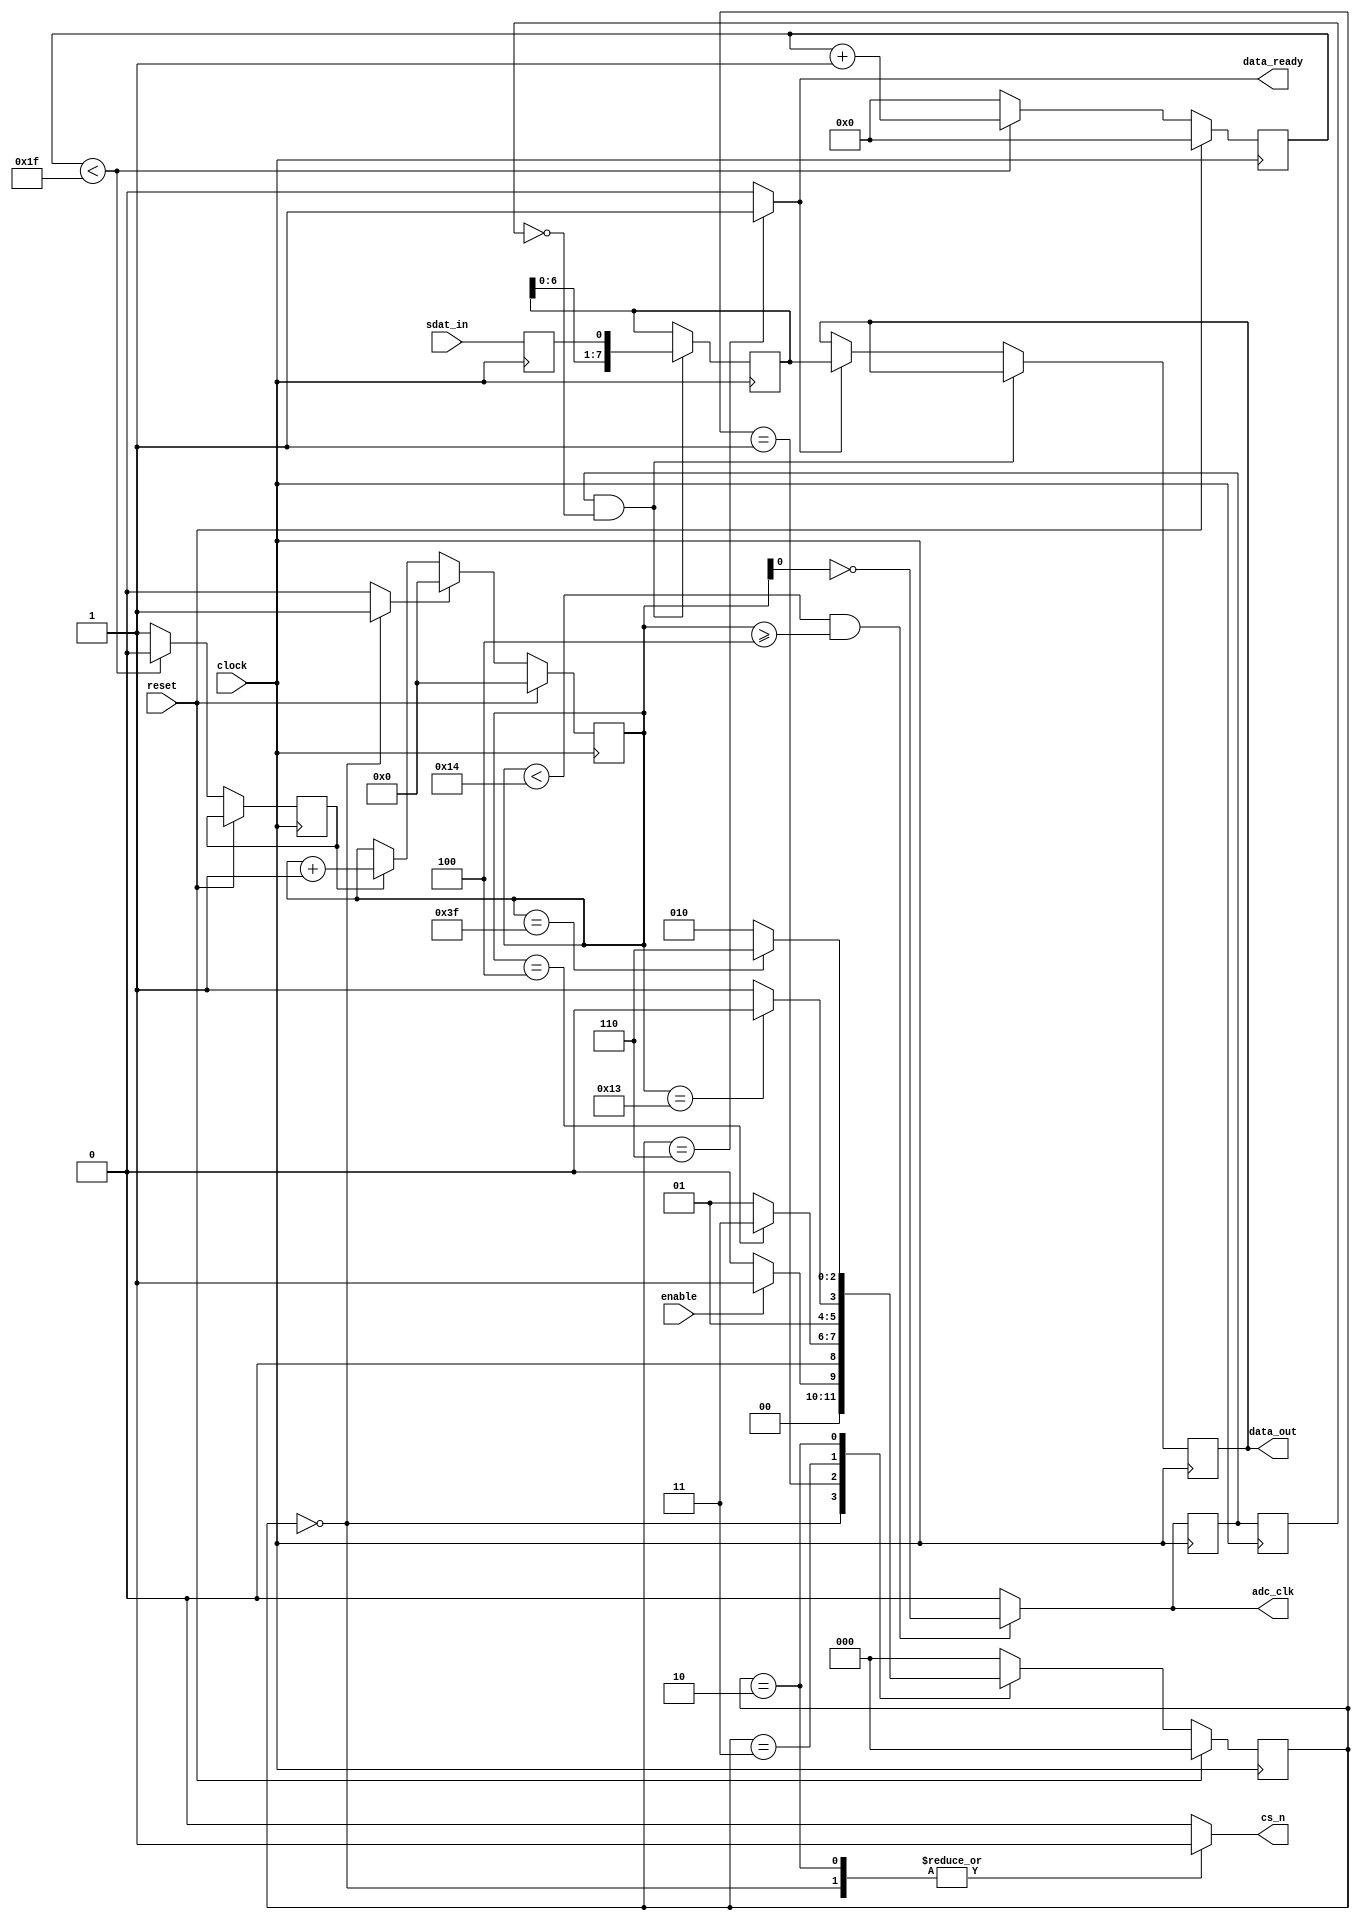
module adc(clock,reset,enable,sdat_in,adc_clk,cs_n,data_ready,data_out);  
//I/O
input		clock;          	//ϵͳʱ
input 		reset;          	//λߵƽЧ
input		enable;				//תʹ
input 		sdat_in;			//TLC549
output 		adc_clk;			//TLC549 I/Oʱ
output 		cs_n;				//TLC549 Ƭѡ
output 		data_ready;			//ָʾµ
output[7:0]	data_out;			//ADת
//I/OĴ
reg 		adc_clk_r;
reg 		cs_n_r;
reg 		data_ready_r;
reg[7:0]	data_out_r;			//ADת
reg			sdat_in_r;			//
//ڲĴ
reg[7:0]q;						//λĴڽջ
reg[2:0]adc_state;     			//״̬ADC
reg[2:0]adc_next_state;
reg[5:0]bit_count;       		//λ
reg 	bit_count_rst;			//ADCʱӼȫܿ
reg  	div_clk;
reg[CLK_DIV_BITS-1:0] clk_count;//ʱӷƵ

reg buf1,buf2;
//ڲź
wire ready_done;				//cs_n(1.4us)ı־
wire rec_done;					//ݶȡϵı־
wire conv_done;					//תϵı־

//ʱ

parameter CLK_DIV_VALUE = 31;   //ADCʱӼ(404nS)ֵ
parameter CLK_DIV_BITS  = 5; 	//ADCʱӼλ

//״̬M1״̬
parameter   idle      		= 3'b000,
			adc_ready   	= 3'b001,
			adc_receive		= 3'b011,
			adc_conversion  = 3'b010,
			adc_data_load   = 3'b110;
			
//**********************************************************
//I/OĴ
assign adc_clk = adc_clk_r;
assign cs_n = cs_n_r;
assign data_out = data_out_r;
assign data_ready = data_ready_r;

//ͬź
always @(posedge clock)
begin
    sdat_in_r <= sdat_in;
end

//**********************************************************
//ʱӷƵ
always @(posedge clock)
begin
	if (reset == 1'b1)           
		clk_count <= 5'd0;
	else
	begin
		if (clk_count < CLK_DIV_VALUE)
 	    begin
 	    	clk_count <= clk_count + 1'b1;
 	    	div_clk <= 1'b0;
 	    end
 	    else
 	    begin
 	    	clk_count <= 5'd0;
 	    	div_clk <= 1'b1;
 	    end
 	end
end

//**********************************************************
//״̬ADC
always @(posedge clock)
begin 
    if (reset == 1'b1) 
		adc_state <= idle;
    else 
		adc_state <= adc_next_state;
end

//ADC״̬ת߼
always @(adc_state or ready_done or rec_done or conv_done or enable)
begin 
	cs_n_r <= 1'b0;
	bit_count_rst <= 1'b0;
	data_ready_r <= 1'b0;
	case (adc_state)
	    idle:                 					//ʼ״̬
	    begin
			cs_n_r <= 1'b1;
			bit_count_rst <= 1'b1;				//λλ
	        if (enable == 1'b1)
				adc_next_state <= adc_ready;
	        else
				adc_next_state <= idle;
	    end
	      
	    adc_ready:  							//׼
	    begin
			if(ready_done == 1'b1)
	       	 	adc_next_state <= adc_receive;
			else 
				adc_next_state <= adc_ready;
	    end
	
	    adc_receive:  							//
	    begin
			if(rec_done == 1'b1)
	       	 	adc_next_state <= adc_conversion;				
			else 
				adc_next_state <= adc_receive;
	    end

		adc_conversion:							//תǰĲ
		begin
			cs_n_r <= 1'b1;
			if(conv_done == 1'b1)
	       	 	adc_next_state <= adc_data_load;
			else 
				adc_next_state <= adc_conversion;
		end 
		
		adc_data_load:
		begin
			data_ready_r <= 1'b1;				//־
			adc_next_state <= idle;
		end
	
	    default : adc_next_state <= idle;
    endcase
end

//**********************************************************
//λλ
always @(posedge clock)
begin
    if (reset == 1'b1)
		bit_count <= 6'd0;  
    else if (bit_count_rst == 1'b1) 
		bit_count <= 6'd0; 
	else if (div_clk == 1'b1)
    	bit_count <= bit_count + 1'b1;
end

assign ready_done = (bit_count == 6'd4);		//׼ȡ	
assign rec_done = (bit_count == 6'd19);			//
assign conv_done = (bit_count == 6'd63);		//ADCת

//ڽλ4208adc clk
always @(bit_count)
begin
	if ((bit_count < 6'd20) && (bit_count >= 6'd4))
		adc_clk_r <= ~bit_count[0];
	else
		adc_clk_r <= 1'b0;
end

always @(posedge clock)
begin
	buf1 <= adc_clk_r;
	buf2 <= buf1;
end

//ȡ
always @(posedge clock)
begin
	if(buf1 && ~buf2)							//ADCʱ
		q <= {q[6:0],sdat_in_r};
	else if(data_ready_r == 1'b1)				//ȡ
		data_out_r <= q;
end

endmodule